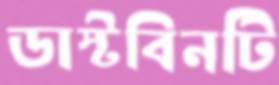
ডাস্টবিনটি